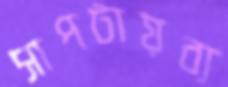
সাপটায়ব্য